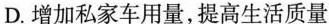
D.增加私家车用量，提高生活质量